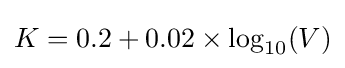
K=0.2+0.02\times \log _{10}(V)